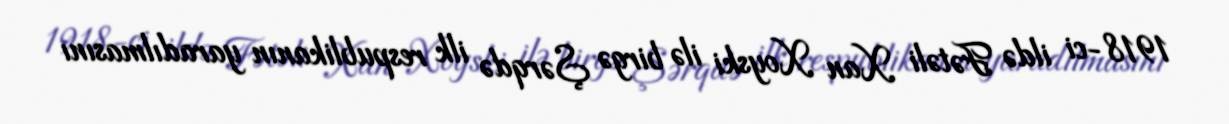
1918-ci ildə Fətəli Xan Xoyski ilə birgə Şərqdə ilk respublikanın yaradılmasını